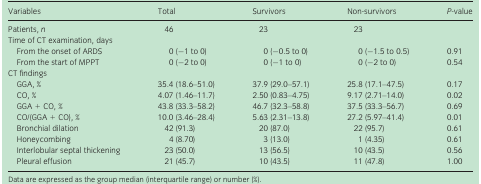
<table><thead><tr><td><b>Variables</b></td><td><b>Total</b></td><td><b>Survivors</b></td><td><b>Non‐survivors</b></td><td><b><i>P</i>‐value</b></td></tr></thead><tbody><tr><td>Patients, <i>n</i></td><td>46</td><td>23</td><td>23</td><td></td></tr><tr><td colspan="5">Time of CT examination, days</td></tr><tr><td>From the onset of ARDS</td><td>0 (−1 to 0)</td><td>0 (−0.5 to 0)</td><td>0 (−1.5 to 0.5)</td><td>0.91</td></tr><tr><td>From the start of MPPT</td><td>0 (−2 to 0)</td><td>0 (−1 to 0)</td><td>0 (−2 to 0)</td><td>0.54</td></tr><tr><td colspan="5">CT findings</td></tr><tr><td>GGA, %</td><td>35.4 (18.6–51.0)</td><td>37.9 (29.0–57.1)</td><td>25.8 (17.1–47.5)</td><td>0.17</td></tr><tr><td>CO, %</td><td>4.07 (1.46–11.7)</td><td>2.50 (0.83–4.75)</td><td>9.17 (2.71–14.0)</td><td>0.02</td></tr><tr><td>GGA + CO, %</td><td>43.8 (33.3–58.2)</td><td>46.7 (32.3–58.8)</td><td>37.5 (33.3–56.7)</td><td>0.69</td></tr><tr><td>CO/(GGA + CO), %</td><td>10.0 (3.46–28.4)</td><td>5.63 (2.31–13.8)</td><td>27.2 (5.97–41.4)</td><td>0.01</td></tr><tr><td>Bronchial dilation</td><td>42 (91.3)</td><td>20 (87.0)</td><td>22 (95.7)</td><td>0.61</td></tr><tr><td>Honeycombing</td><td>4 (8.70)</td><td>3 (13.0)</td><td>1 (4.35)</td><td>0.61</td></tr><tr><td>Interlobular septal thickening</td><td>23 (50.0)</td><td>13 (56.5)</td><td>10 (43.5)</td><td>0.56</td></tr><tr><td>Pleural effusion</td><td>21 (45.7)</td><td>10 (43.5)</td><td>11 (47.8)</td><td>1.00</td></tr></tbody></table>